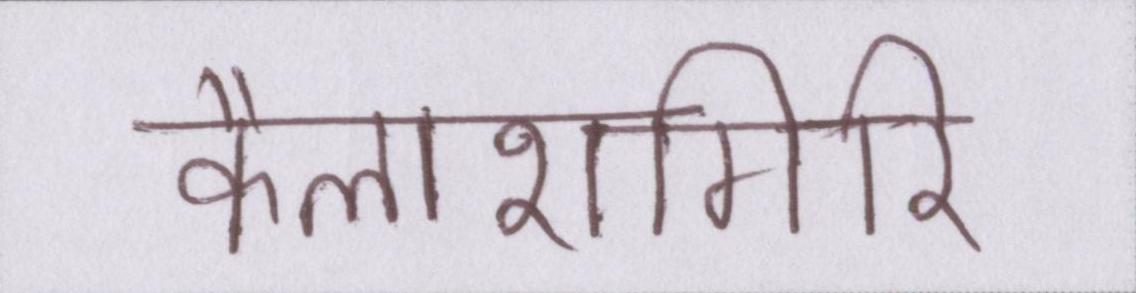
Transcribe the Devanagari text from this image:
कैलाशगिरि